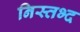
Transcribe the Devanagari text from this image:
निस्तभ्द